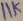
Text: 11K